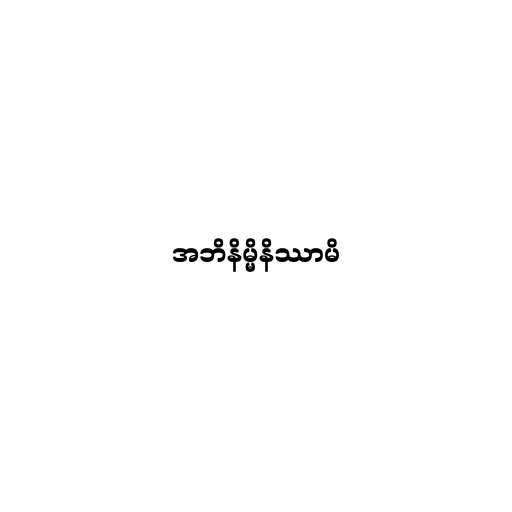
အဘိနိမ္မိနိဿာမိ